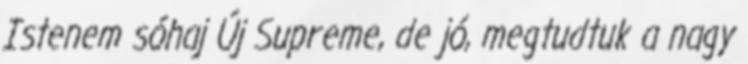
Istenem sóhaj Új Supreme, de jó, megtudtuk a nagy